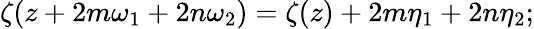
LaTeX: \zeta(z+2m\omega_{1}+2n\omega_{2})=\zeta(z)+2m\eta_{1}+2n\eta_{2};